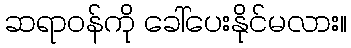
ဆရာဝန်ကို ခေါ်ပေးနိုင်မလား။